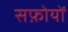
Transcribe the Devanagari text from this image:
सफ़ोयों